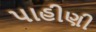
પાહીણી